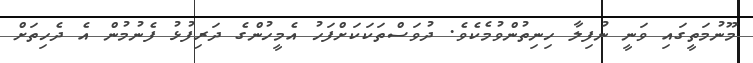
މޫނުމަތީގައި ވަނީ ނުފިލާ ހިނިތުންވުމެކެވެ. ދުވަސްތަކަކަށްފަހު އެމީހުންގެ ދަރިފުޅު ފެނުމުން އެ ދެހިތަށް